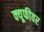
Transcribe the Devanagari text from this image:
क्यूफीवर